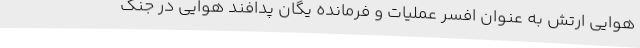
هوایی ارتش به عنوان افسر عملیات و فرمانده یگان پدافند هوایی در جنگ